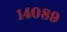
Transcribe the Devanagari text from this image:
१४०८९